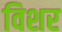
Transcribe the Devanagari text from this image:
विशर